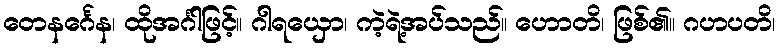
တေနင်္ဂေန၊ ထိုအင်္ဂါဖြင့်။ ဂါရယှော၊ ကဲ့ရဲ့အပ်သည်။ ဟောတိ၊ ဖြစ်၏။ ဂဟပတိ၊